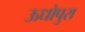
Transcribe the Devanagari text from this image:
ऊधोपुरा